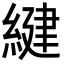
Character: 𦂩